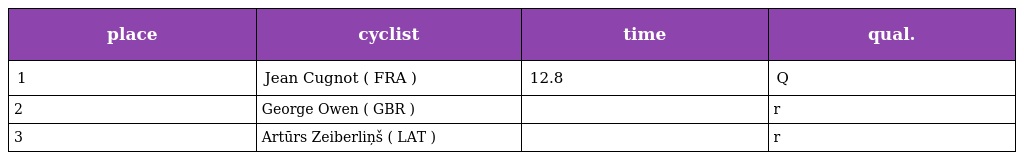
| place | cyclist | time | qual. |
 | --- | --- | --- | --- |
 | 1 | Jean Cugnot ( FRA ) | 12.8 | Q |
 | 2 | George Owen ( GBR ) |  | r |
 | 3 | Artūrs Zeiberliņš ( LAT ) |  | r |